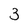
Character: 3